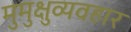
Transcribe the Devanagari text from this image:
मुमुक्षुव्यवहार